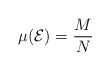
\begin{align*}\mu({\cal E})={M\over N} \end{align*}